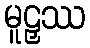
မူဠှဿ